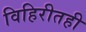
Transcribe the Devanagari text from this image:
विहिरीतही